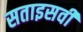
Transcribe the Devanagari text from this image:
सताइसवीं